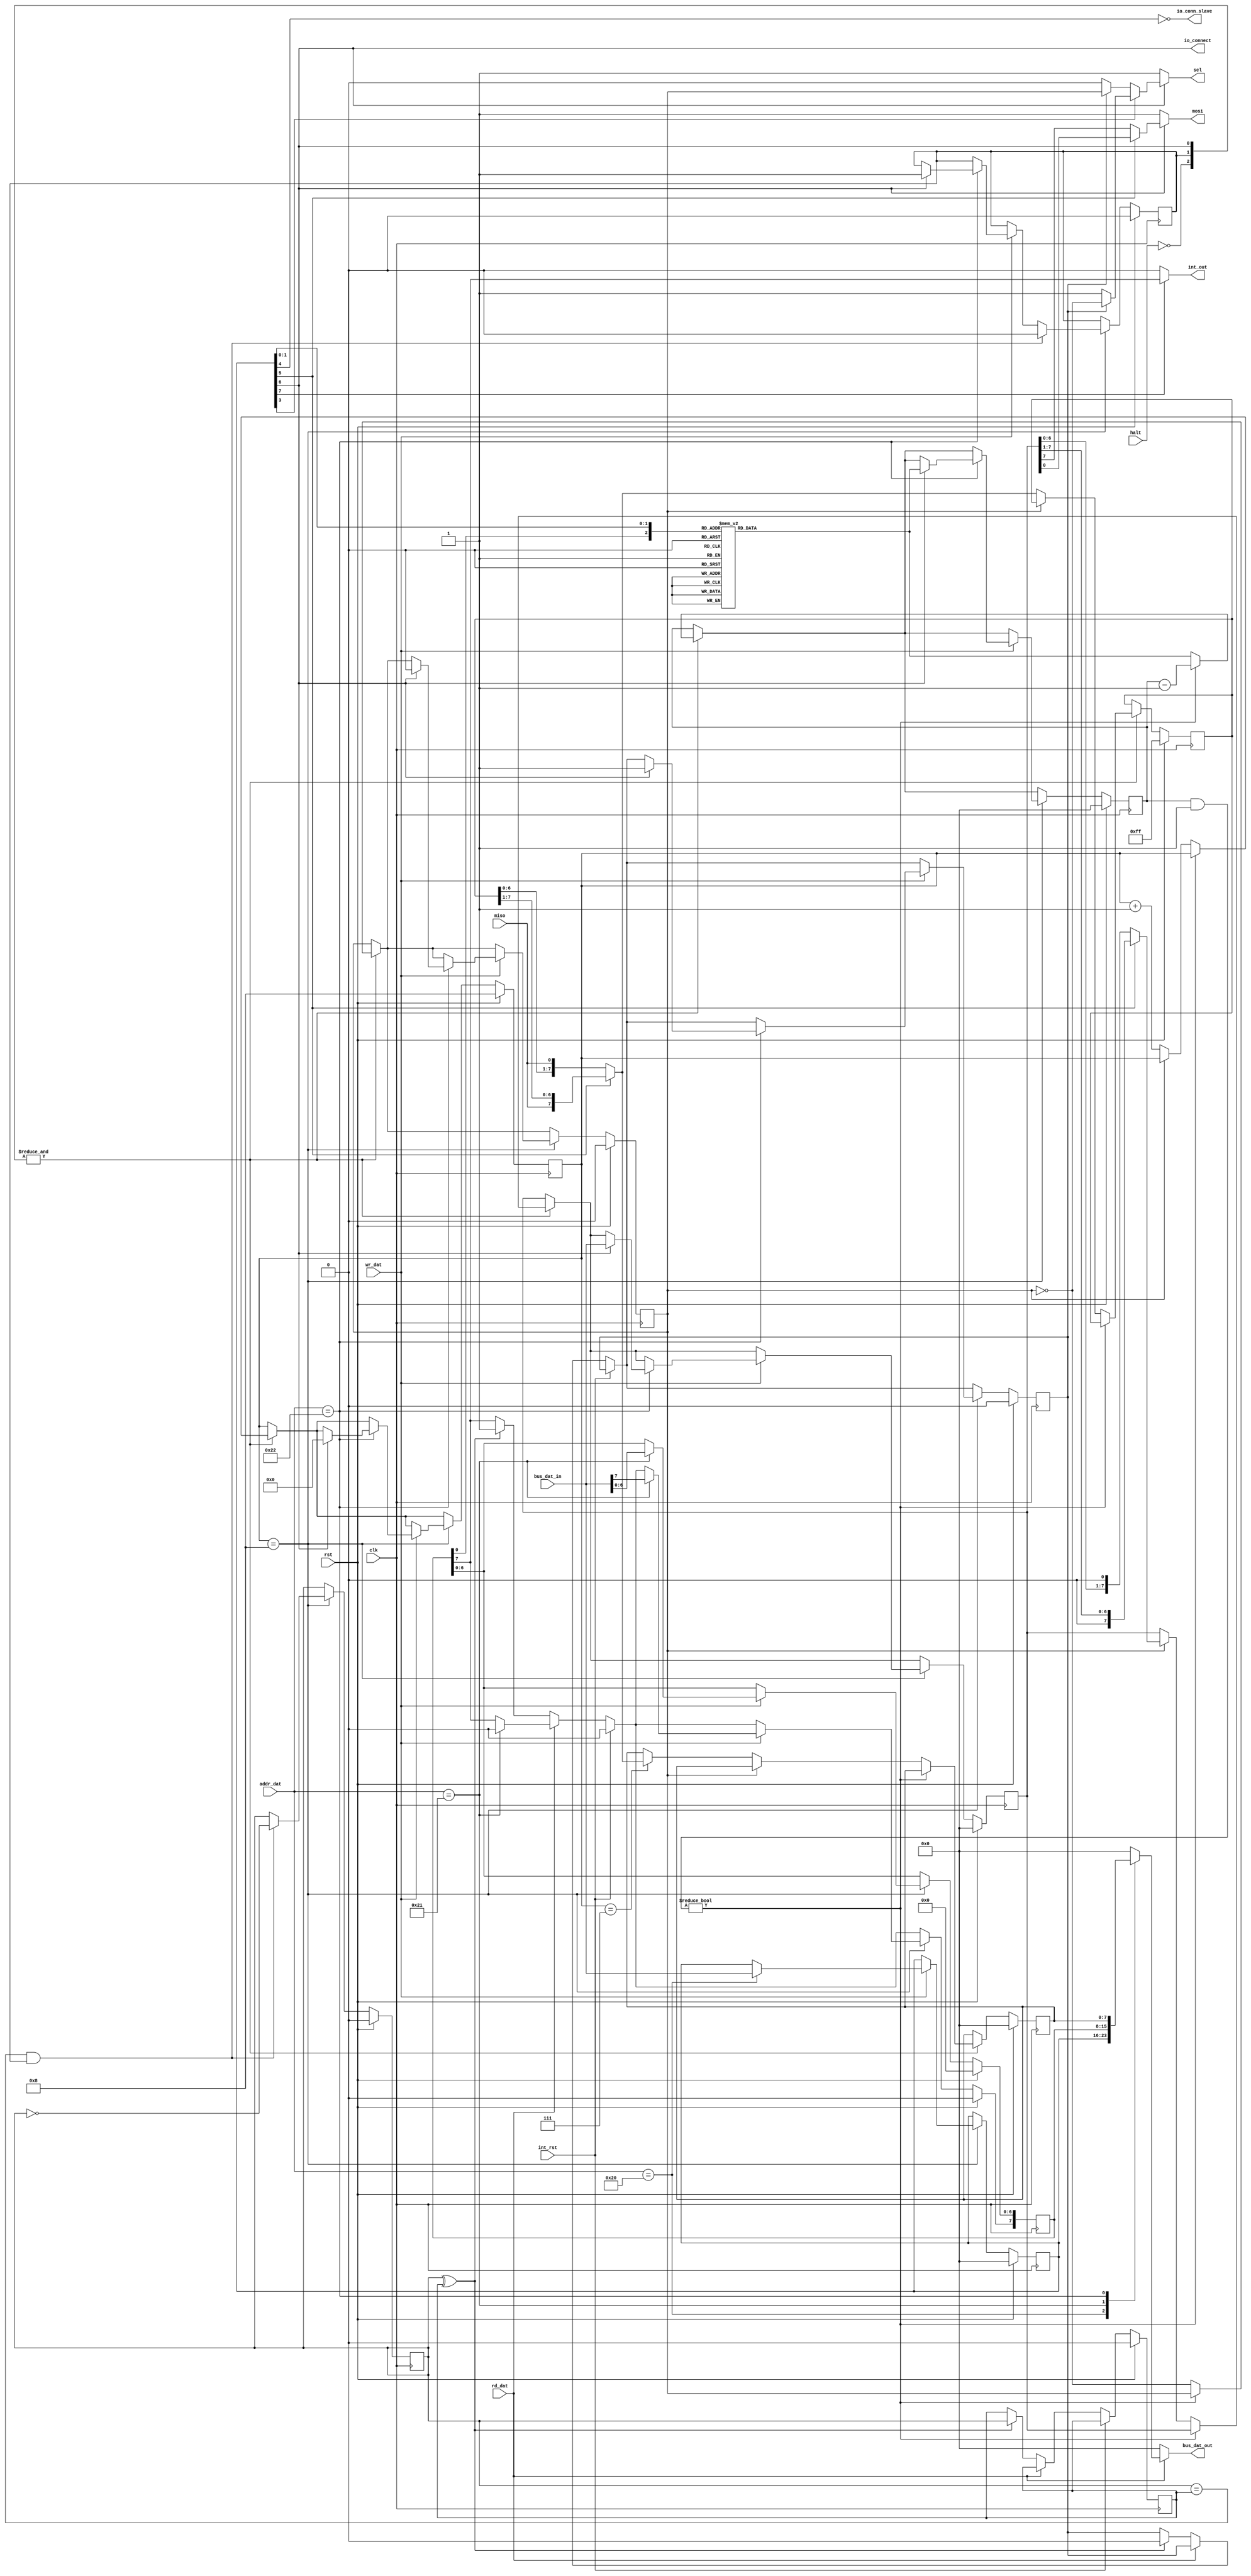
/*
 * This IP is the ATMEGA SPI implementation.
 *
 * Copyright (C) 2020  Iulian Gheorghiu (morgoth@devboard.tech)
 *
 * This program is free software; you can redistribute it and/or
 * modify it under the terms of the GNU General Public License
 * as published by the Free Software Foundation; either version 2
 * of the License, or (at your option) any later version.
 *
 * This program is distributed in the hope that it will be useful,
 * but WITHOUT ANY WARRANTY; without even the implied warranty of
 * MERCHANTABILITY or FITNESS FOR A PARTICULAR PURPOSE.  See the
 * GNU General Public License for more details.
 *
 * You should have received a copy of the GNU General Public License
 * along with this program; if not, write to the Free Software
 * Foundation, Inc., 51 Franklin Street, Fifth Floor, Boston, MA  02110-1301, USA.
 */

`timescale 1ns / 1ps

`define ATMEGA_SPI_SPCR_INT_EN_bp       7
`define ATMEGA_SPI_SPCR_EN_bp           6
`define ATMEGA_SPI_SPCR_DORD_bp         5
`define ATMEGA_SPI_SPCR_MSTR_bp         4
`define ATMEGA_SPI_SPCR_CPOL_bp         3
`define ATMEGA_SPI_SPCR_CPHA_bp         2 // Not implemented because are very rare the devices that implement this mode.
`define ATMEGA_SPI_SPCR_SPR1_bp         1
`define ATMEGA_SPI_SPCR_SPR0_bp         0

`define ATMEGA_SPI_SPSR_SPIF_bp         7
`define ATMEGA_SPI_SPSR_WCOL_bp         6
`define ATMEGA_SPI_SPSR_SPI2X_bp        0

module atmega_spi_m # (
    parameter BUS_ADDR_DATA_LEN = 8,
    parameter SPCR_ADDR = 'h20,
    parameter SPSR_ADDR = 'h21,
    parameter SPDR_ADDR = 'h22,
    parameter DINAMIC_BAUDRATE = "TRUE",
    parameter BAUDRATE_CNT_LEN = 8,
    parameter BAUDRATE_DIVIDER = 1,
    parameter USE_TX = "TRUE",
    parameter USE_RX = "TRUE"
)(
    input rst,
    input halt,
    input clk,

    input [BUS_ADDR_DATA_LEN-1:0]addr_dat,
    input wr_dat,
    input rd_dat,
    input [7:0]bus_dat_in,
    output reg [7:0]bus_dat_out,

    output int_out,
    input int_rst,
    output io_connect,
    output io_conn_slave,

    output scl,
    input miso,
    output mosi
    );

reg [7:0]SPCR;
reg [7:0]SPSR;
reg [7:0]SPDR;

reg spi_active;
reg sck_active;

localparam WORD_LEN = 4'h8;
localparam PRESCALLER_SIZE = 8;

reg stc_p;
reg stc_n;

reg [7:0]rx_shift_reg;
reg [7:0]tx_shift_reg;

reg [3:0]bit_cnt;

reg [(BAUDRATE_CNT_LEN ? BAUDRATE_CNT_LEN - 1 : 0) : 0]prescaller_cnt;
reg sckint;
reg [(BAUDRATE_CNT_LEN ? BAUDRATE_CNT_LEN - 1 : 0) : 0]prescdemux;

always @ *
begin
    bus_dat_out = 8'b00;
    if(rd_dat)
    begin
        case(addr_dat)
        SPCR_ADDR: bus_dat_out = SPCR;
        SPSR_ADDR: bus_dat_out = SPSR;
        SPDR_ADDR: bus_dat_out = SPDR;
        endcase
    end
end

always @ *
begin
    if(DINAMIC_BAUDRATE == "TRUE")
    begin
        case({SPSR[`ATMEGA_SPI_SPSR_SPI2X_bp], SPCR[`ATMEGA_SPI_SPCR_SPR1_bp], SPCR[`ATMEGA_SPI_SPCR_SPR0_bp]})
            3'b000: prescdemux = 1;
            3'b001: prescdemux = 8;
            3'b010: prescdemux = 32;
            3'b011: prescdemux = 64;
            3'b100: prescdemux = 0;
            3'b101: prescdemux = 4;
            3'b110: prescdemux = 16;
            3'b111: prescdemux = 32;
        endcase
    end
    else
    begin
        prescdemux = BAUDRATE_DIVIDER;
    end
end

always @ (posedge clk)
begin
    if(rst)
    begin
        stc_n <= 1'b0;
        SPCR <= 8'h00;
        SPSR <= 8'h00;
        SPDR <= 8'h00;
        tx_shift_reg <= 8'h00;
        rx_shift_reg <= 8'hFF;
        prescaller_cnt <= 'h00;
        bit_cnt <= WORD_LEN;
        sckint <= 1'b0;
        stc_p <= 1'b0;
        spi_active <= 1'b0;
        sck_active <= 1'b0;
    end
    else
    begin
        if(&{SPCR[`ATMEGA_SPI_SPCR_EN_bp], spi_active, ~halt})
        begin
            if(prescaller_cnt & BAUDRATE_CNT_LEN != 0)
            begin
                prescaller_cnt <= prescaller_cnt - 1;
            end
            else
            begin
                prescaller_cnt <= prescdemux;
                sckint <= ~sckint;
//rx
                if(~sckint)
                begin
                    bit_cnt <= bit_cnt + 4'd1;
                    if(USE_RX == "TRUE")
                    begin
                        if(bit_cnt == WORD_LEN - 1)
                        begin
                            if(SPCR[`ATMEGA_SPI_SPCR_DORD_bp] == 1'b0)
                            begin
                                SPDR <= {rx_shift_reg[WORD_LEN - 2:0], miso};
                            end
                            else
                            begin
                                SPDR <= {miso, rx_shift_reg[WORD_LEN - 1:1]};
                            end
                        end
                        if(SPCR[`ATMEGA_SPI_SPCR_DORD_bp] == 1'b0)
                        begin
                            rx_shift_reg <= {rx_shift_reg[WORD_LEN - 2:0], miso};
                        end
                        else
                        begin
                            rx_shift_reg <= {miso, rx_shift_reg[WORD_LEN - 1:1]};
                        end
                    end
                end
                else
                begin
//tx
                    if(USE_TX == "TRUE")
                    begin
                        if(~SPCR[`ATMEGA_SPI_SPCR_DORD_bp])
                        begin
                            tx_shift_reg <= {tx_shift_reg[WORD_LEN - 2:0], 1'b0};
                        end
                        else
                        begin
                            tx_shift_reg <= {1'b0, tx_shift_reg[WORD_LEN - 1:1]};
                        end
                    end
                end
            end
        end
        if(int_rst)
        begin
            SPSR[`ATMEGA_SPI_SPSR_SPIF_bp] <= 1'b0;
        end
        else
        if(rd_dat)
        begin
            case(addr_dat)
            SPSR_ADDR: SPSR[`ATMEGA_SPI_SPSR_SPIF_bp] <= 1'b0;
            endcase
        end
        else
        if(stc_p ^ stc_n)
        begin
            SPSR[`ATMEGA_SPI_SPSR_SPIF_bp] <= 1'b1;
            stc_n <= stc_p;
            sck_active <= 1'b0;
        end
        if(bit_cnt == WORD_LEN)
        begin
            if(wr_dat)
            begin
                case(addr_dat)
                SPCR_ADDR: SPCR <= bus_dat_in;
                SPSR_ADDR: SPSR <= bus_dat_in;
                SPDR_ADDR:
                begin
                    if(SPCR[`ATMEGA_SPI_SPCR_EN_bp])
                    begin
                        tx_shift_reg <= bus_dat_in;
                        bit_cnt <= 4'h0;
                        prescaller_cnt <= prescdemux;
                        sckint <= 1'b0;
                        spi_active <= 1'b1;
                        sck_active <= 1'b1;
                    end
                end
                endcase
            end
            if(stc_p == stc_n && spi_active)
            begin
                stc_p <= ~stc_p;
                spi_active <= 1'b0;
            end
        end
    end
end

assign int_out = SPCR[`ATMEGA_SPI_SPCR_INT_EN_bp] ? SPSR[`ATMEGA_SPI_SPSR_SPIF_bp] : 1'b0;
assign scl = SPCR[`ATMEGA_SPI_SPCR_EN_bp] ? ((SPCR[`ATMEGA_SPI_SPCR_CPOL_bp]) ? (sck_active ? ~sckint : 1'b1) : (sck_active ? sckint : 1'b0)) : 1'b1;
assign mosi = (SPCR[`ATMEGA_SPI_SPCR_EN_bp]) ? (SPCR[`ATMEGA_SPI_SPCR_DORD_bp] ? tx_shift_reg[0] : tx_shift_reg[WORD_LEN - 1]) : 1'b1;
assign io_connect = SPCR[`ATMEGA_SPI_SPCR_EN_bp];
assign io_conn_slave = ~SPCR[`ATMEGA_SPI_SPCR_MSTR_bp];

endmodule